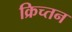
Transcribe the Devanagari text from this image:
क्रिच्तन